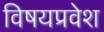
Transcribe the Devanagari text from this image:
विषयप्रवेश